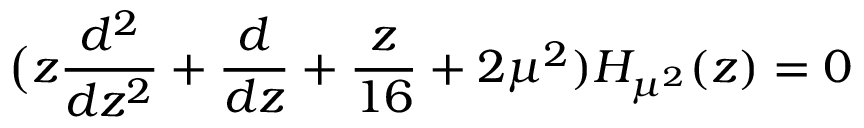
\bigl ( z { \frac { d ^ { 2 } } { d z ^ { 2 } } } + { \frac { d } { d z } } + { \frac { z } { 1 6 } } + 2 \mu ^ { 2 } ) H _ { \mu ^ { 2 } } ( z ) = 0